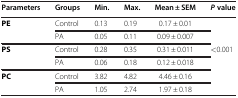
<table><thead><tr><td><b>Parameters</b></td><td><b>Groups</b></td><td><b>Min.</b></td><td><b>Max.</b></td><td><b>Mean ± SEM</b></td><td><b><i>P</i>value</b></td></tr></thead><tbody><tr><td><b>PE</b></td><td>Control</td><td>0.13</td><td>0.19</td><td>0.17 ± 0.01</td><td> </td></tr><tr><td> </td><td>PA</td><td>0.05</td><td>0.11</td><td>0.09 ± 0.007</td><td> </td></tr><tr><td><b>PS</b></td><td>Control</td><td>0.28</td><td>0.35</td><td>0.31 ± 0.011</td><td>&lt;0.001</td></tr><tr><td> </td><td>PA</td><td>0.06</td><td>0.18</td><td>0.12 ± 0.018</td><td> </td></tr><tr><td><b>PC</b></td><td>Control</td><td>3.82</td><td>4.82</td><td>4.46 ± 0.16</td><td> </td></tr><tr><td> </td><td>PA</td><td>1.05</td><td>2.74</td><td>1.97 ± 0.18</td><td> </td></tr></tbody></table>